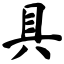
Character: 具